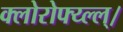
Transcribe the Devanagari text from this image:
क्लोरोफ्य्ल्ल्।